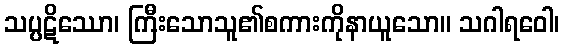
သပ္ပဋိဿော၊ ကြီးသောသူ၏စကားကိုနာယူသော။ သဂါရဝေါ၊